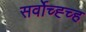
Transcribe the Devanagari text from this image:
सर्वोच्ह्च्ह